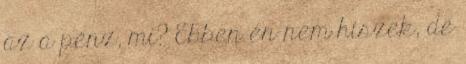
az a pénz, mi? Ebben én nem hiszek, de